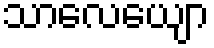
သာလေယျော